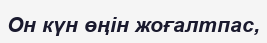
Он күн өңін жоғалтпас,